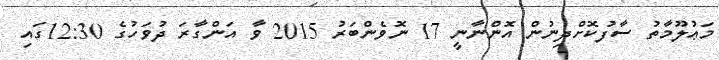
މަޢުލޫމާތު ސާފުކޮށްދިނުން އޮންނާނީ 17 ނޮވެންބަރު 2015 ވާ އަންގާރަ ދުވަހުގެ 12:30ގައި